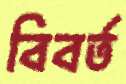
বিবর্ত